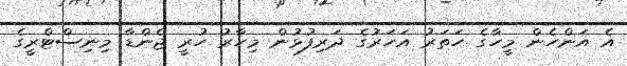
އެ އަންހެން މީހާގެ ހަތަރު އަހަރުގެ ދަރިފުޅުން މިހާރު ހުރީ ޖެންޑާ މިނިސްޓްރީގެ